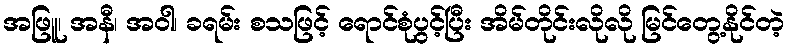
အဖြူ၊ အနီ၊ အဝါ၊ ခရမ်း စသဖြင့် ရောင်စုံပွင့်ပြီး အိမ်တိုင်းလိုလို မြင်တွေ့နိုင်တဲ့